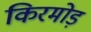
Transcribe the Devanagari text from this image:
किरमोड़